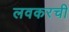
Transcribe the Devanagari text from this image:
लवकरची